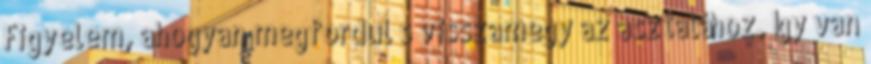
Figyelem, ahogyan megfordul s visszamegy az asztalához. Így van